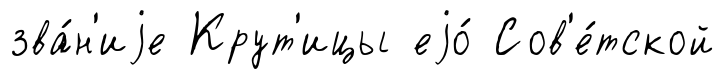
зва́н'иjе Крут'ицы еjо́ Сов'е́тской